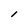
Character: l